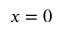
x = 0